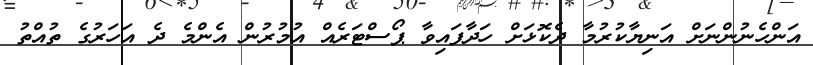
އަންހެނުންނަށް އަނިޔާކުރުމާ ދެކޮޅަށް ހަދާފައިވާ ޕޯސްޓަރެއް އުމުރުން އެންމެ ދެ އަހަރުގެ ތުއްތު